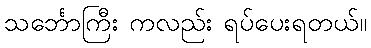
သင်္ဘောကြီး ကလည်း ရပ်ပေးရတယ်။